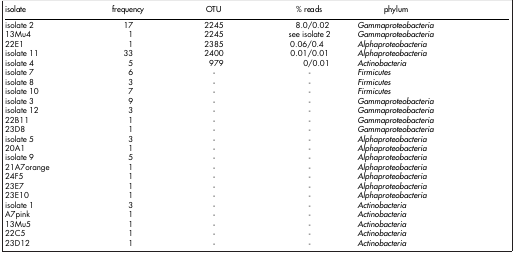
<table><thead><tr><td><b>isolate</b></td><td><b>frequency</b></td><td><b>OTU</b></td><td><b>% reads</b></td><td><b>phylum</b></td></tr></thead><tbody><tr><td>isolate 2</td><td>17</td><td>2245</td><td>8.0/0.02</td><td><i>Gammaproteobacteria</i></td></tr><tr><td>13Mu4</td><td>1</td><td>2245</td><td>see isolate 2</td><td><i>Gammaproteobacteria</i></td></tr><tr><td>22E1</td><td>1</td><td>2385</td><td>0.06/0.4</td><td><i>Alphaproteobacteria</i></td></tr><tr><td>isolate 11</td><td>33</td><td>2400</td><td>0.01/0.01</td><td><i>Alphaproteobacteria</i></td></tr><tr><td>isolate 4</td><td>5</td><td>979</td><td>0/0.01</td><td><i>Actinobacteria</i></td></tr><tr><td>isolate 7</td><td>6</td><td>-</td><td>-</td><td><i>Firmicutes</i></td></tr><tr><td>isolate 8</td><td>3</td><td>-</td><td>-</td><td><i>Firmicutes</i></td></tr><tr><td>isolate 10</td><td>7</td><td>-</td><td>-</td><td><i>Firmicutes</i></td></tr><tr><td>isolate 3</td><td>9</td><td>-</td><td>-</td><td><i>Gammaproteobacteria</i></td></tr><tr><td>isolate 12</td><td>3</td><td>-</td><td>-</td><td><i>Gammaproteobacteria</i></td></tr><tr><td>22B11</td><td>1</td><td>-</td><td>-</td><td><i>Gammaproteobacteria</i></td></tr><tr><td>23D8</td><td>1</td><td>-</td><td>-</td><td><i>Gammaproteobacteria</i></td></tr><tr><td>isolate 5</td><td>3</td><td>-</td><td>-</td><td><i>Alphaproteobacteria</i></td></tr><tr><td>20A1</td><td>1</td><td>-</td><td>-</td><td><i>Alphaproteobacteria</i></td></tr><tr><td>isolate 9</td><td>5</td><td>-</td><td>-</td><td><i>Alphaproteobacteria</i></td></tr><tr><td>21A7orange</td><td>1</td><td>-</td><td>-</td><td><i>Alphaproteobacteria</i></td></tr><tr><td>24F5</td><td>1</td><td>-</td><td>-</td><td><i>Alphaproteobacteria</i></td></tr><tr><td>23E7</td><td>1</td><td>-</td><td>-</td><td><i>Alphaproteobacteria</i></td></tr><tr><td>23E10</td><td>1</td><td>-</td><td>-</td><td><i>Alphaproteobacteria</i></td></tr><tr><td>isolate 1</td><td>3</td><td>-</td><td>-</td><td><i>Actinobacteria</i></td></tr><tr><td>A7pink</td><td>1</td><td>-</td><td>-</td><td><i>Actinobacteria</i></td></tr><tr><td>13Mu5</td><td>1</td><td>-</td><td>-</td><td><i>Actinobacteria</i></td></tr><tr><td>22C5</td><td>1</td><td>-</td><td>-</td><td><i>Actinobacteria</i></td></tr><tr><td>23D12</td><td>1</td><td>-</td><td>-</td><td><i>Actinobacteria</i></td></tr></tbody></table>